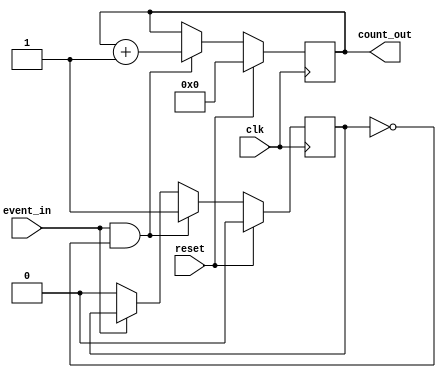
module event_triggered_counter #(
    parameter N = 8  // Width of the counter (adjust as needed)
)(
    input wire clk,          // Clock signal
    input wire reset,        // Synchronous reset signal
    input wire event_in,     // Event input signal
    output reg [N-1:0] count_out // Count value output
);

    reg event_detected;      // Internal register to detect rising edge

    always @(posedge clk) begin
        if (reset) begin
            // Synchronous reset: reset count to 0
            count_out <= 0;
            event_detected <= 0; // Reset event detection
        end else begin
            // Handle rising edge detection for event_in
            if (event_in && !event_detected) begin
                // Increment counter on rising edge of event_in
                count_out <= count_out + 1;
                event_detected <= 1; // Set event detected flag
            end else if (!event_in) begin
                // Reset event detected flag when event_in goes low
                event_detected <= 0;
            end
        end
    end

endmodule